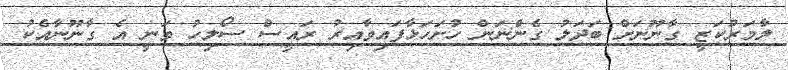
ލާމަރުކަޒީ ގާނޫނަށް ބަދަލު ގެންނަން ހުށަހަޅާފައިވާއިރު ރައީސް ސޯލިހު ވަނީ އެ ގާނޫނާއެކު